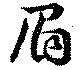
眉